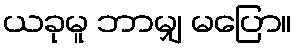
ယခုမူ ဘာမျှ မပြော။